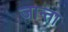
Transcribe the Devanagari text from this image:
जान्ता